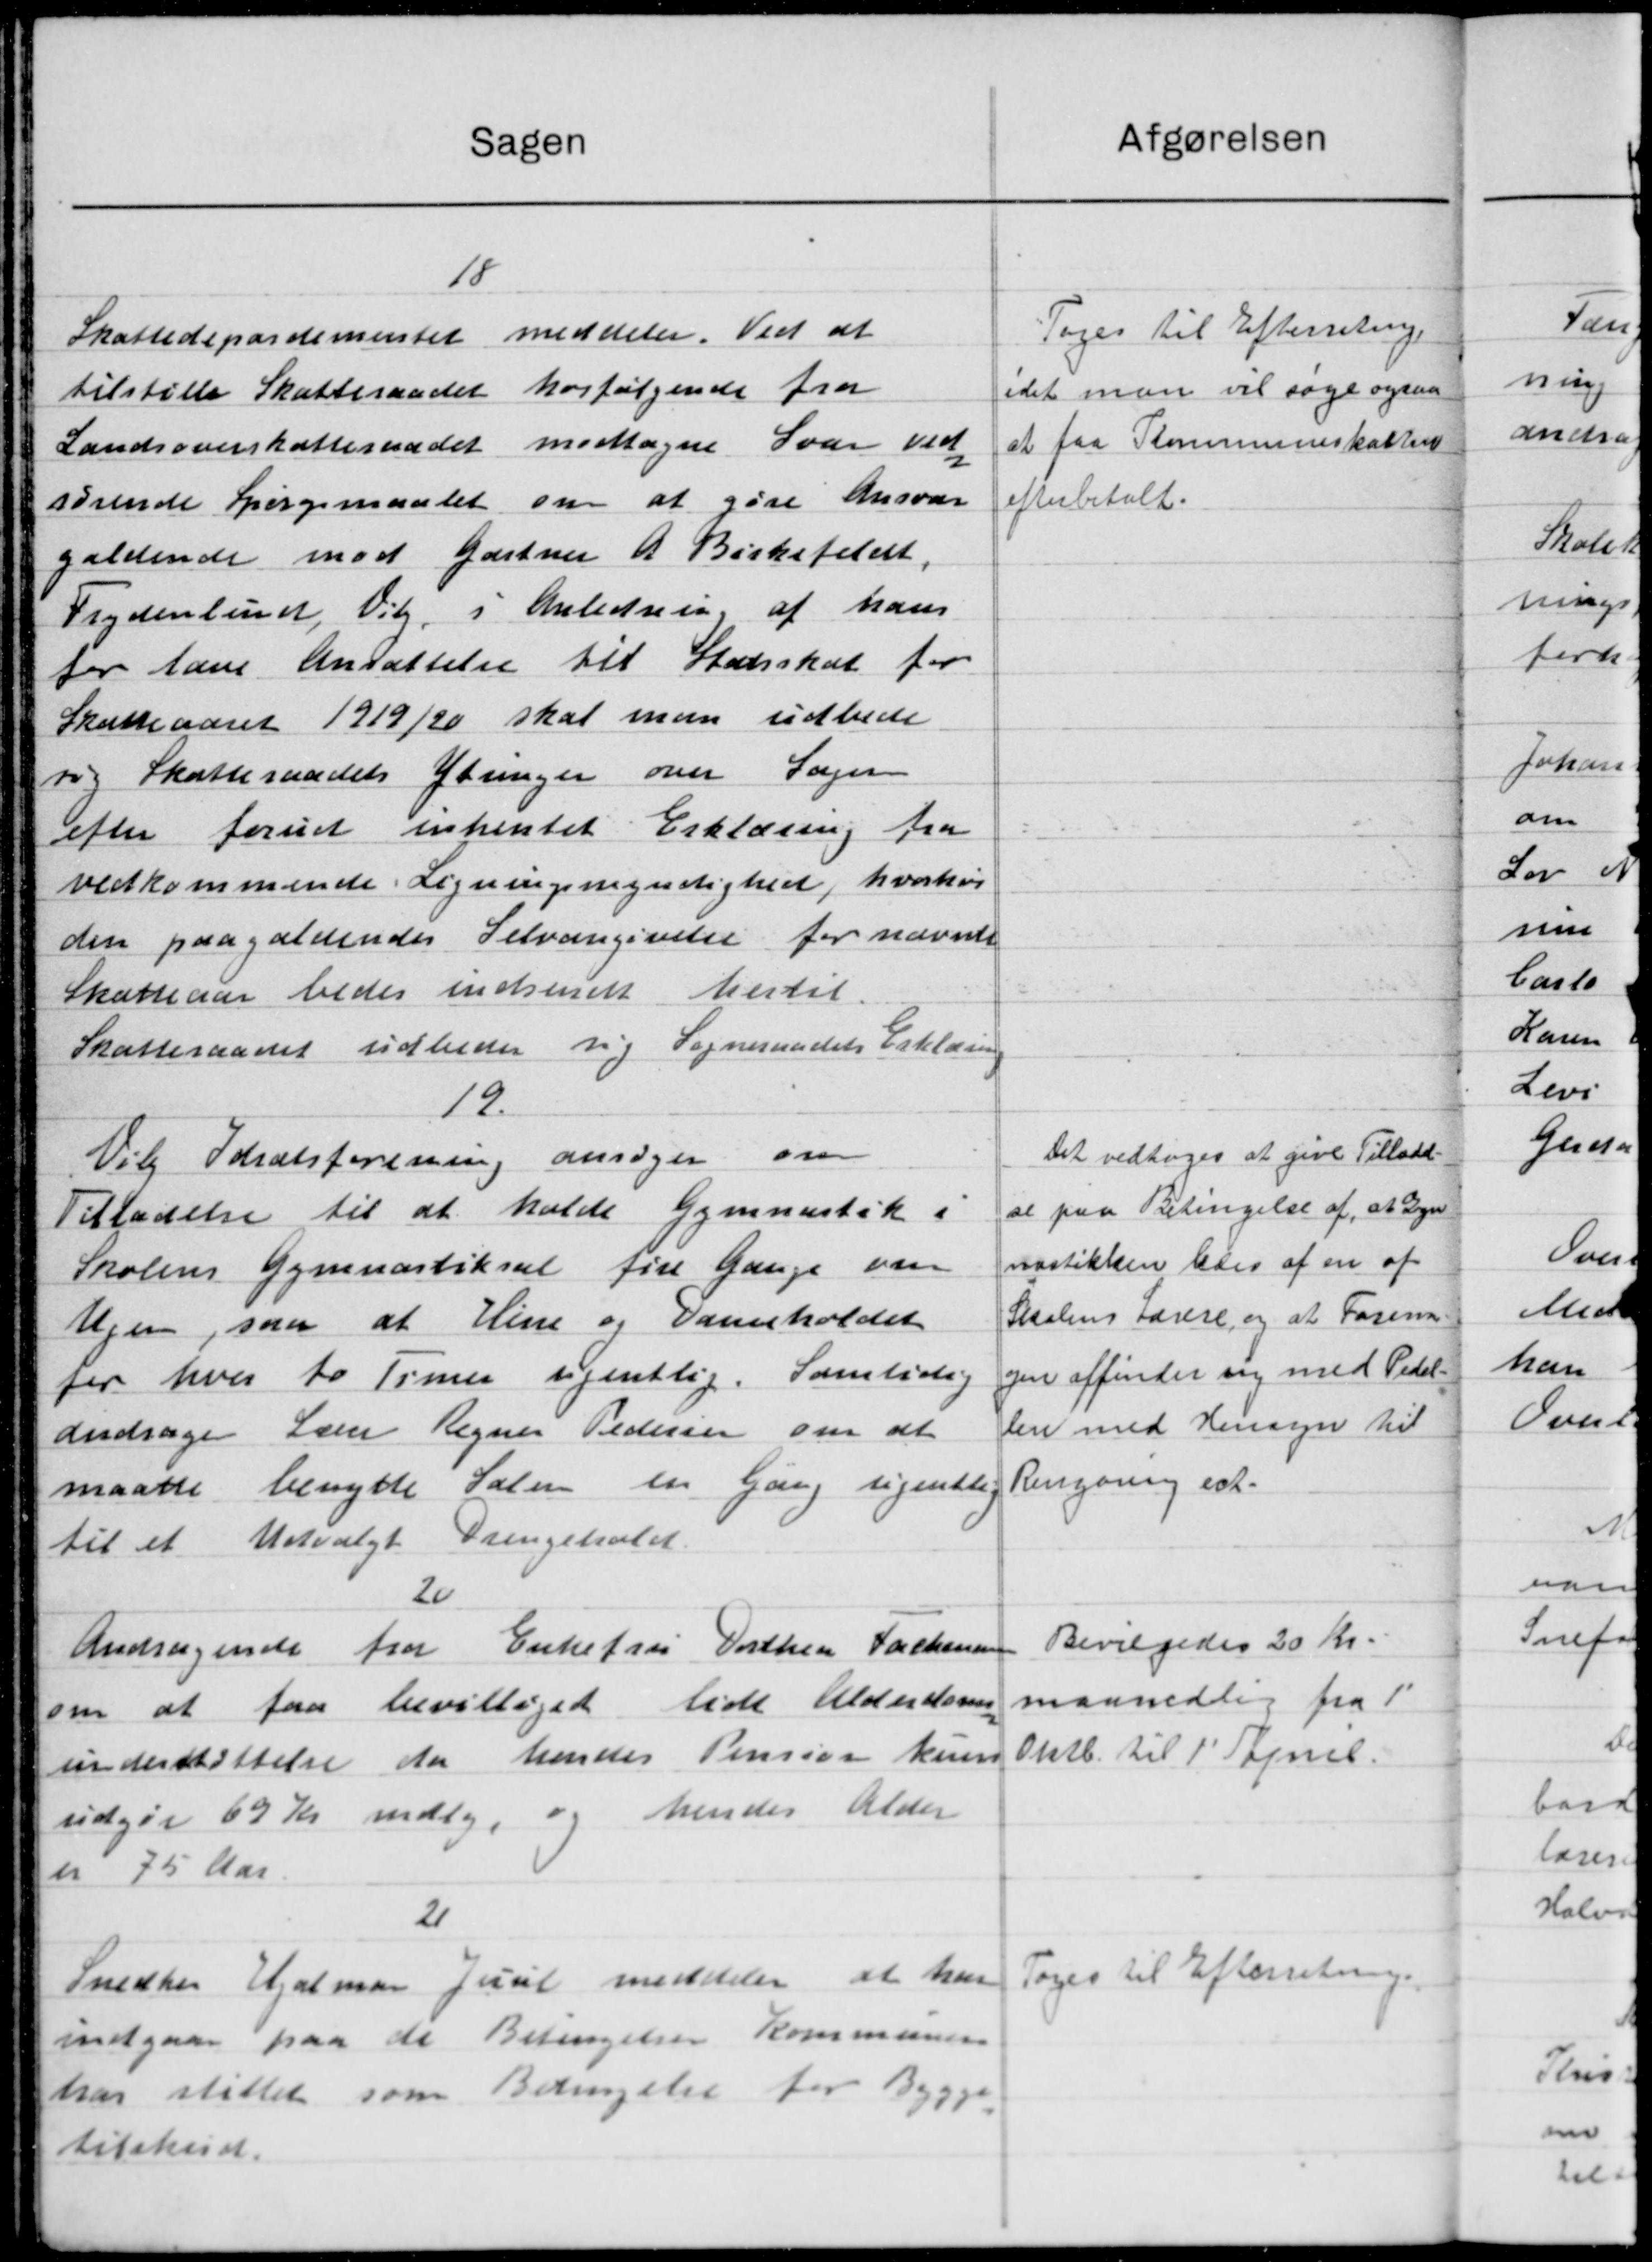
Transskription:
Sagen
18
Skattedepartementet meddeler. Ved at
tilstille Skatteraadet hosfølgende fra
Landsoverskatteraadet modtagne Svar ved
sørende Spørgsmaalet om at gøre Ansvar
gældende mod Gartner A Birkefeldt,
Frydenlund, Vil i Anledning af hans
for have Ansættelse til Statsskat for
Skatteaaret 1919/20 skal man udbede
sig Skatteraadets Ytringer over Sager
efter fornet inhentet Erklæring fra
vedkommende Ligningsmyndighed, hvorhos
den paagældendes Selvangivelse for nævnte
Skatteaar beder indsendt hertil.
Skatteraadet udbeder sig Sogneraadets Erklæring
19.
Vil Idrætsforening ansøger om
Tilladelse til at holde Gymnastik i
Skolens Gymnastiksal fire Gange vare
Ugen, som at Hine og Darnholdet
for hver to Timer ugentlig. Samtidig
andrage Lærer Regner Pedersen om at
maatte benytte Salen en Gang ugentle
til et Udvalgt Drengeholdt
20
Andragende fra Enkefru Dorthea Fachensen
om at faa bevilliget lidt Alderdoms-
understøttelse da hendes Pension kun
udgør 69 Kr mdlg, og hendes Alder
er 75 Aar
2
Snedker Hjalmar Juul meddeler at har
indgaar paa de Betingelser Kommunen
har stillet som Betingelse for Bygge-
tilskud.